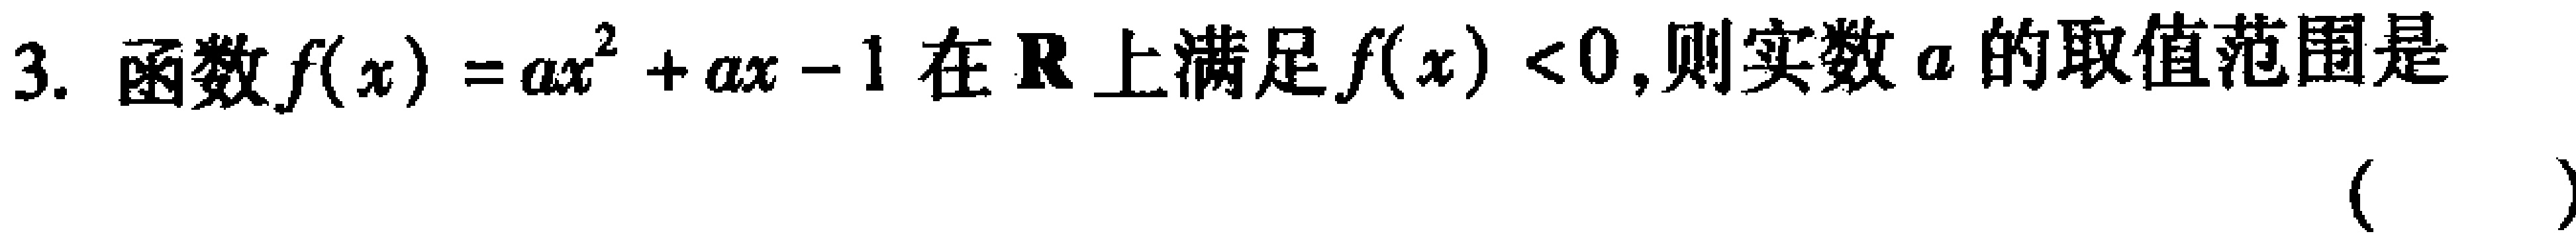
3. 函数\(f(x)=ax^{2}+ax - 1\)在\(\mathbf{R}\)上满足\(f(x)<0\),则实数\(a\)的取值范围是 （  ）